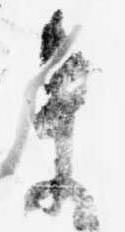
ま